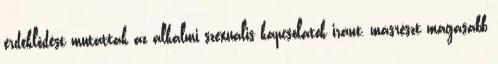
érdeklődést mutattak az alkalmi szexuális kapcsolatok iránt, másrészt magasabb